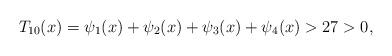
LaTeX: \begin{align*}T_{10}(x) = \psi_1(x) + \psi_2(x) + \psi_3(x) + \psi_4(x) > 27 > 0,\end{align*}